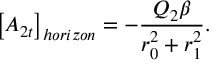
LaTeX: \left[ A _ { 2 t } \right] _ { h o r i z o n } = - \frac { Q _ { 2 } \beta } { r _ { 0 } ^ { 2 } + r _ { 1 } ^ { 2 } } .